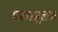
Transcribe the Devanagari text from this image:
परममूलक